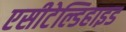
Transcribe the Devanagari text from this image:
एसीटेल्डिहाइड